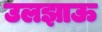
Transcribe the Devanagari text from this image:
उलझाऊ